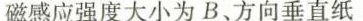
磁感应强度大小为B、方向垂直纸